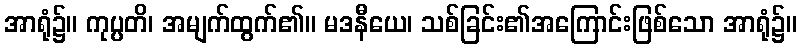
အာရုံ၌။ ကုပ္ပတိ၊ အမျက်ထွက်၏။ မဒနီယေ၊ သစ်ခြင်း၏အကြောင်းဖြစ်သော အာရုံ၌။